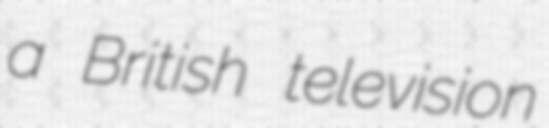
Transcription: a British television